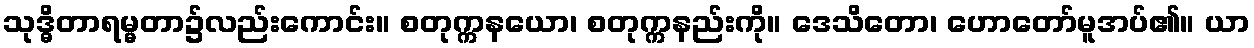
သုဒ္ဓိတာရမ္မတာ၌လည်းကောင်း။ စတုက္ကနယော၊ စတုက္ကနည်းကို။ ဒေသိတော၊ ဟောတော်မူအပ်၏။ ယာ